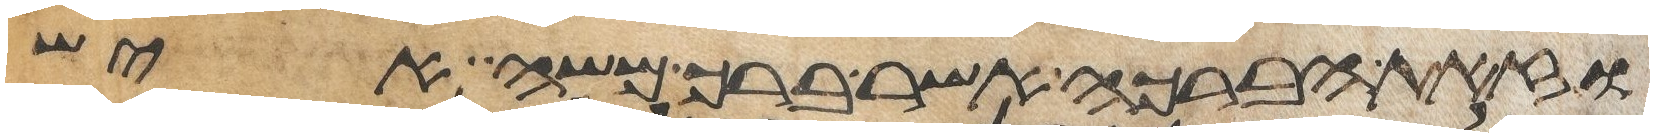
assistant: וזאת הברכה אשר ברך משה איש